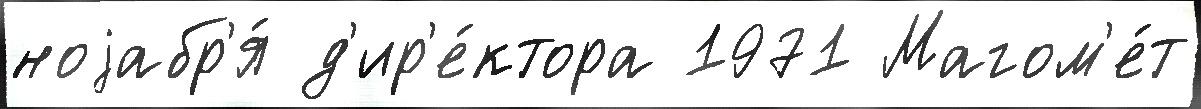
ноjабр'я́ д'ир'е́ктора 1971 Магом'е́т